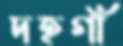
দহগাঁ